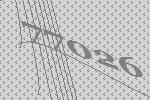
77026